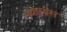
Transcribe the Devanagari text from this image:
व्यासांस